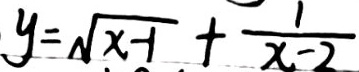
y = \sqrt { x - 1 } + \frac { 1 } { x - 2 }